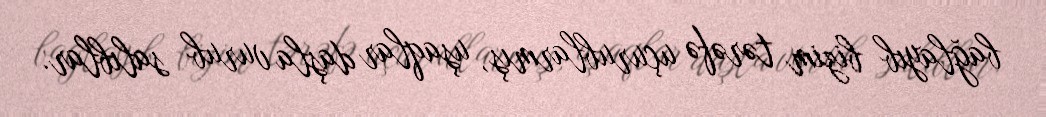
bağlayıb bizim tərəfə uçurublarmış, uşaqlar daşla vurub salıblar.